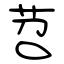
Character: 苕